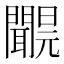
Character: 𨷝